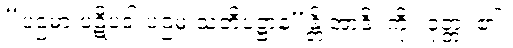
“ပဌမာ ပဋိပဒါ ပဌမံ သတိပဋ္ဌာန”န္တိ အာဒိ၊ ကို။ ဝုတ္တံ၊ ၏။